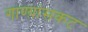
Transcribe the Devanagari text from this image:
गाण्य़ांसकट